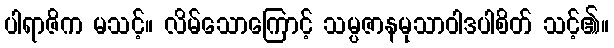
ပါရာဇိက မသင့်။ လိမ်သောကြောင့် သမ္ပဇာနမုသာဝါဒပါစိတ် သင့်၏။